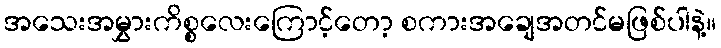
အသေးအမွှားကိစ္စလေးကြောင့်တော့ စကားအချေအတင်မဖြစ်ပါနဲ့။